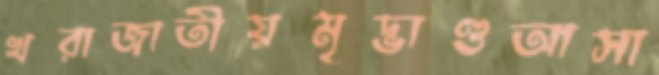
খরাজাতীয়মৃদ্ভাণ্ডআসা